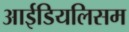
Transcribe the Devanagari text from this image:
आईडियलिसम